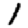
Digit: 1